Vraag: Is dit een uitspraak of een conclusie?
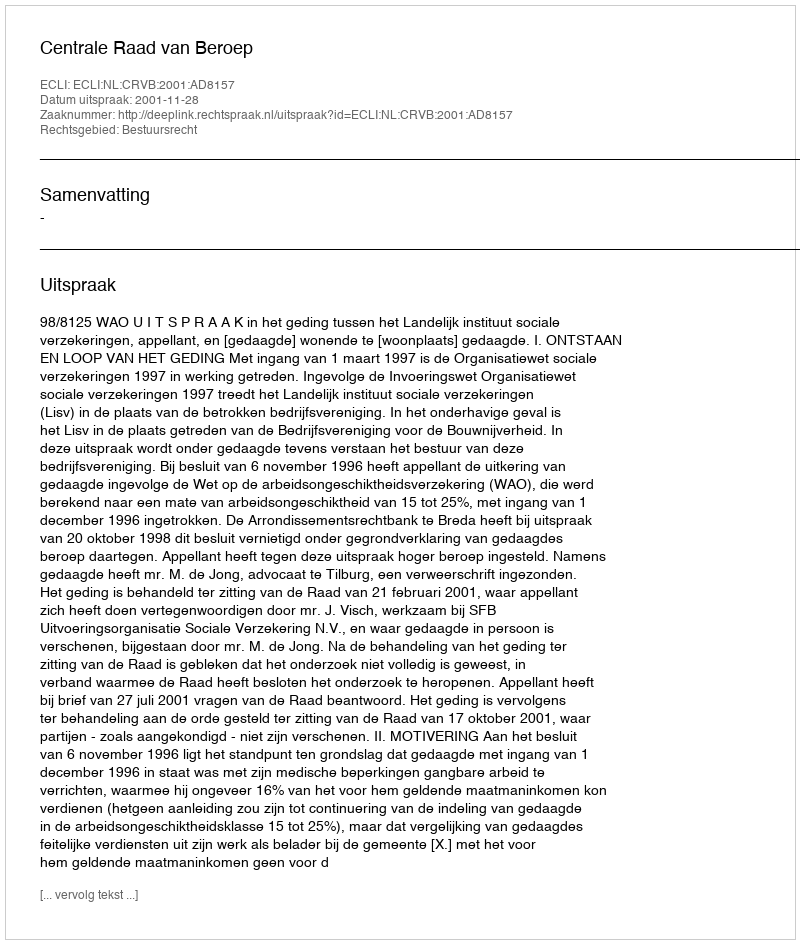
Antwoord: Uitspraak